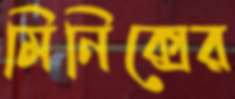
মিনিক্সের